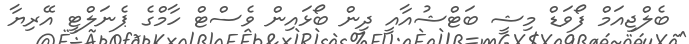
ބެލްޖިއަމް ފޯވަޑް މިޝީ ބަޓްޝުއާއީ ދިން ބޯޅައިން ވެސްޓް ހާމްގެ ޕެނަލްޓީ އޭރިޔާ